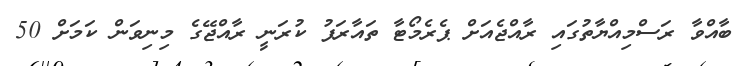
ބާއްވާ ރަސްމިއްޔާތުގައި ރާއްޖެއަށް ޕެރެމޯޓާ ތައާރަފު ކުރަނީ ރާއްޖޭގެ މިނިވަން ކަމަށް 50